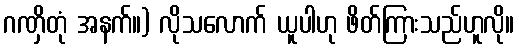
ဂဏှိတုံ အနက်။) လိုသလောက် ယူပါဟု ဖိတ်ကြားသည်ဟူလို။